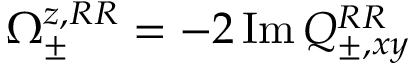
\Omega _ { \pm } ^ { z , R R } = - 2 \operatorname { I m } Q _ { \pm , x y } ^ { R R }